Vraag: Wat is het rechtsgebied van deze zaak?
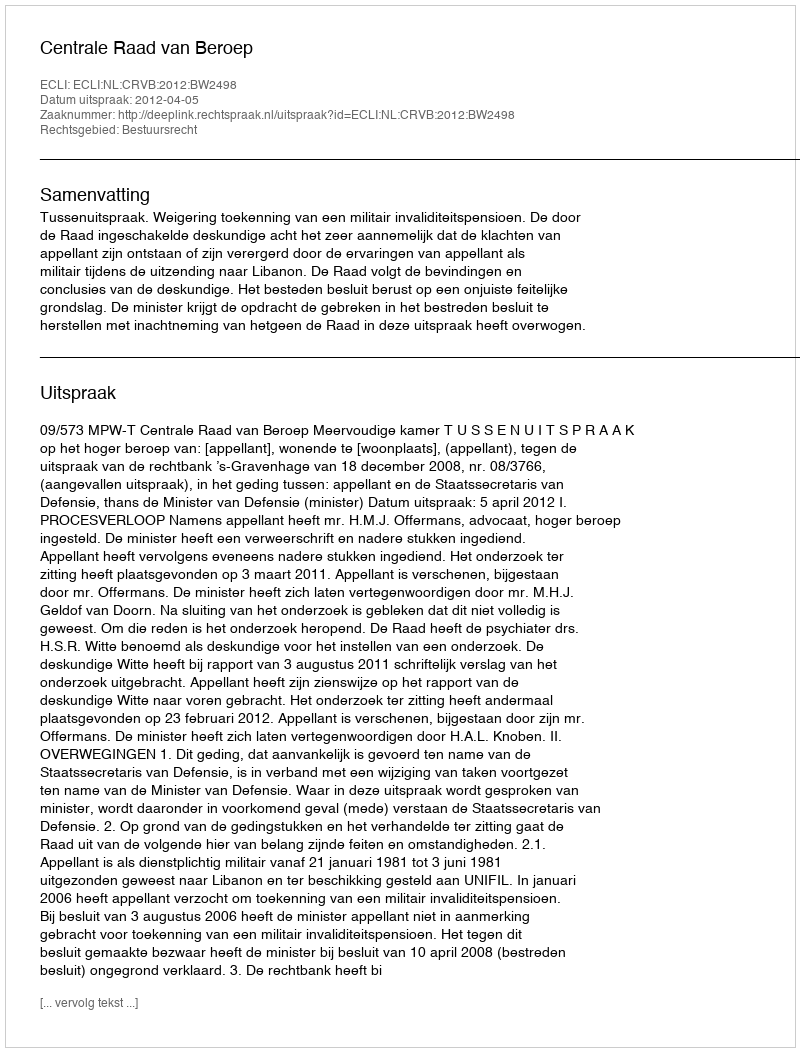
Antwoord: Bestuursrecht